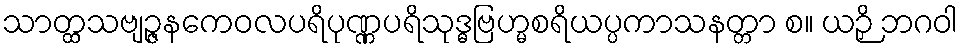
သာတ္ထသဗျဉ္ဇနကေဝလပရိပုဏ္ဏပရိသုဒ္ဓဗြဟ္မစရိယပ္ပကာသနတ္တာ စ။ ယဉှိ ဘဂဝါ